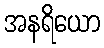
အနရိယော